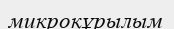
микроқұрылым